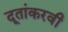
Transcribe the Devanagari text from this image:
दूतांकरवी